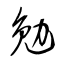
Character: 勉